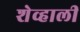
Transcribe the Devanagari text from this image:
शेव्हाली